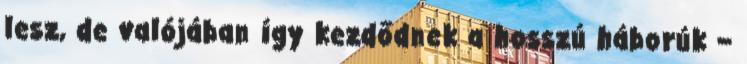
lesz, de valójában így kezdődnek a hosszú háborúk –